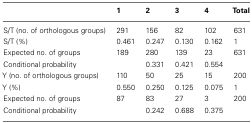
<table><thead><tr><td></td><td><b>1</b></td><td><b>2</b></td><td><b>3</b></td><td><b>4</b></td><td><b>Total</b></td></tr></thead><tbody><tr><td>S/T (no. of orthologous groups)</td><td>291</td><td>156</td><td>82</td><td>102</td><td>631</td></tr><tr><td>S/T (%)</td><td>0.461</td><td>0.247</td><td>0.130</td><td>0.162</td><td>1</td></tr><tr><td>Expected no. of groups</td><td>189</td><td>280</td><td>139</td><td>23</td><td>631</td></tr><tr><td>Conditional probability</td><td></td><td>0.331</td><td>0.421</td><td>0.554</td><td></td></tr><tr><td>Y (no. of orthologous groups)</td><td>110</td><td>50</td><td>25</td><td>15</td><td>200</td></tr><tr><td>Y (%)</td><td>0.550</td><td>0.250</td><td>0.125</td><td>0.075</td><td>1</td></tr><tr><td>Expected no. of groups</td><td>87</td><td>83</td><td>27</td><td>3</td><td>200</td></tr><tr><td>Conditional probability</td><td></td><td>0.242</td><td>0.688</td><td>0.375</td><td></td></tr></tbody></table>